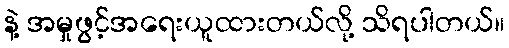
နဲ့ အမှုဖွင့်အရေးယူထားတယ်လို့ သိရပါတယ်။